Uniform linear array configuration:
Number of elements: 24
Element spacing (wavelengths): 0.5
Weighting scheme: exponential
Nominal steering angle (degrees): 15
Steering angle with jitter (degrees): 14.145
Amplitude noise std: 0.05
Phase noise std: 0.05

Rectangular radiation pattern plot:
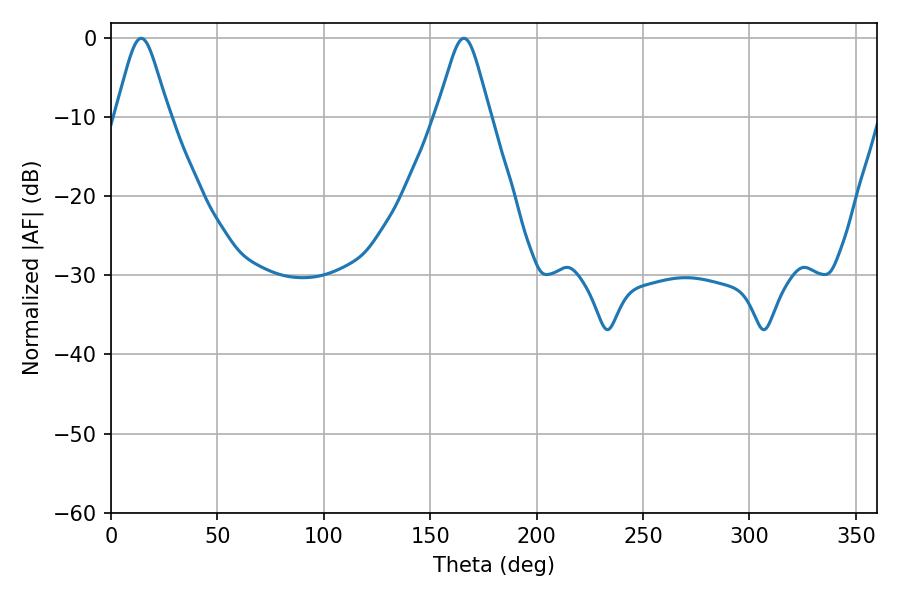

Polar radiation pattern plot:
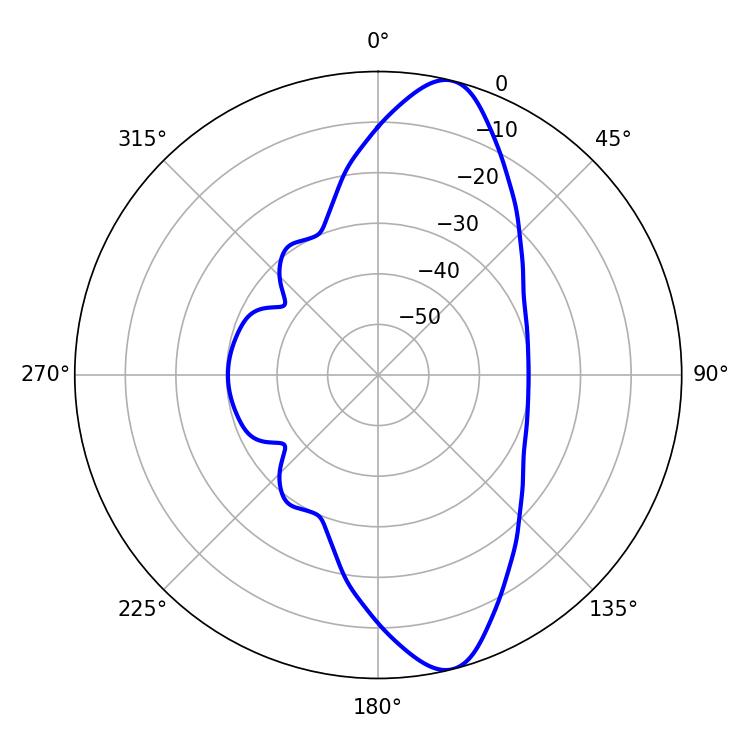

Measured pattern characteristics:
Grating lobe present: FALSE
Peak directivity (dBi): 11.852
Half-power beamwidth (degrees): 12.06
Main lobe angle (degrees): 14.22